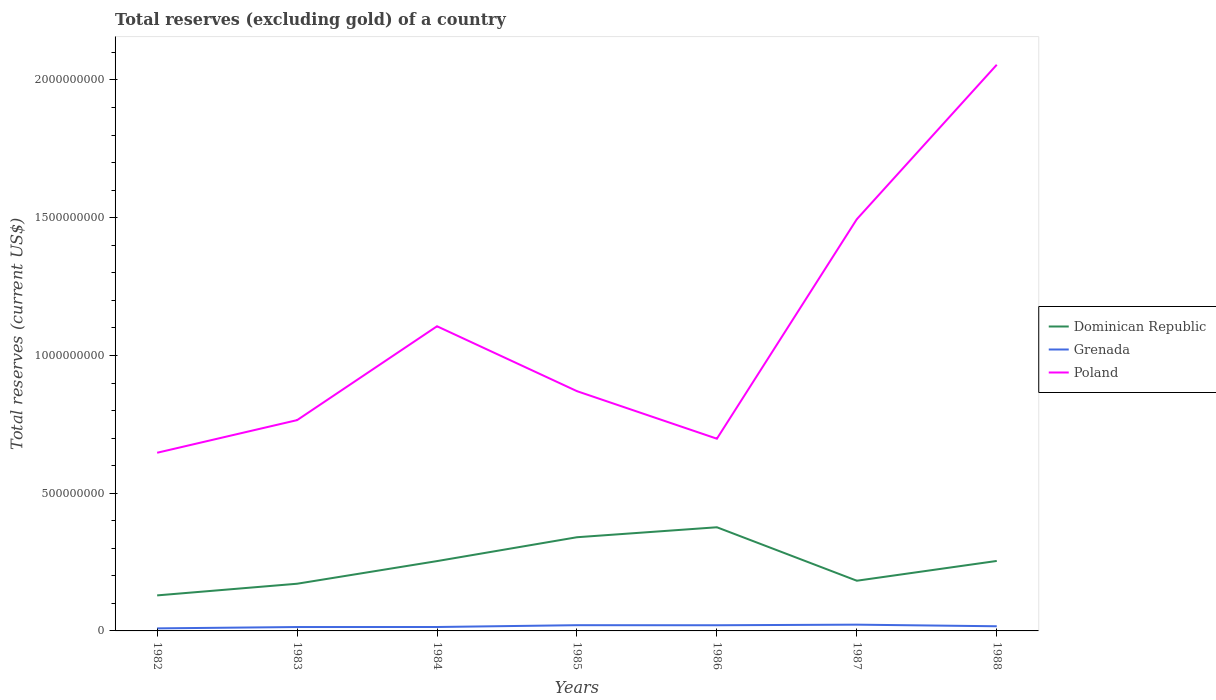
| Years | Dominican Republic | Grenada | Poland |
 | --- | --- | --- | --- |
 | 1982 | 1.29e+08 | 9.23e+06 | 6.47e+08 |
 | 1983 | 1.71e+08 | 1.41e+07 | 7.65e+08 |
 | 1984 | 2.54e+08 | 1.42e+07 | 1.11e+09 |
 | 1985 | 3.4e+08 | 2.08e+07 | 8.7e+08 |
 | 1986 | 3.76e+08 | 2.06e+07 | 6.98e+08 |
 | 1987 | 1.82e+08 | 2.27e+07 | 1.49e+09 |
 | 1988 | 2.54e+08 | 1.69e+07 | 2.06e+09 |